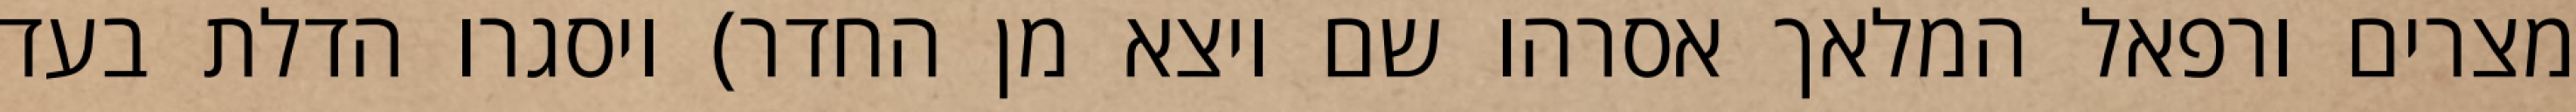
מצרים ורפאל המלאך אסרהו שם ויצא מן החדר) ויסגרו הדלת בעד